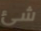
شئ